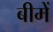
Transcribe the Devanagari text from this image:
बीमें